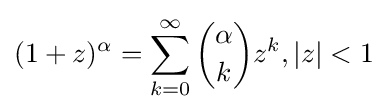
(1+z)^{\alpha }=\sum _{k=0}^{\infty }{\alpha  \choose k}z^{k},|z|<1